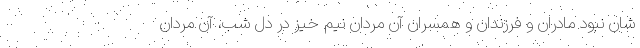
شان نبود مادران و فرزندان و همسران آن مردان نیم خیز در دل شب، آن مردان